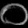
Digit: ၀